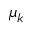
\mu _ { k }